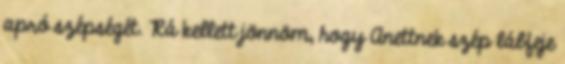
apró szépségét. Rá kellett jönnöm, hogy Anettnek szép lábfeje